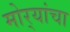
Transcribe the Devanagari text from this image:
मोर्‍यांचा